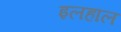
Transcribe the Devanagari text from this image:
इलहाल